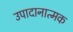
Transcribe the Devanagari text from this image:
उपादानात्मक